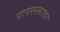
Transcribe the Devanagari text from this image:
पायरस्त्यावर